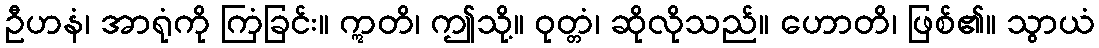
ဦဟနံ၊ အာရုံကို ကြံခြင်း။ ဣတိ၊ ဤသို့။ ဝုတ္တံ၊ ဆိုလိုသည်။ ဟောတိ၊ ဖြစ်၏။ သွာယံ